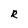
Character: R